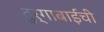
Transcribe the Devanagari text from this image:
दुर्गाबाईंची